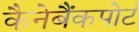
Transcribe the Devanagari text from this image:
कैनेबैंकपोर्ट